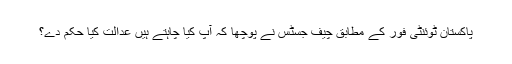
پاکستان ٹوئنٹی فور کے مطابق چیف جسٹس نے پوچھا کہ آپ کیا چاہتے ہیں عدالت کیا حکم دے؟